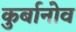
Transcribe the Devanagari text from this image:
कुर्बानोव